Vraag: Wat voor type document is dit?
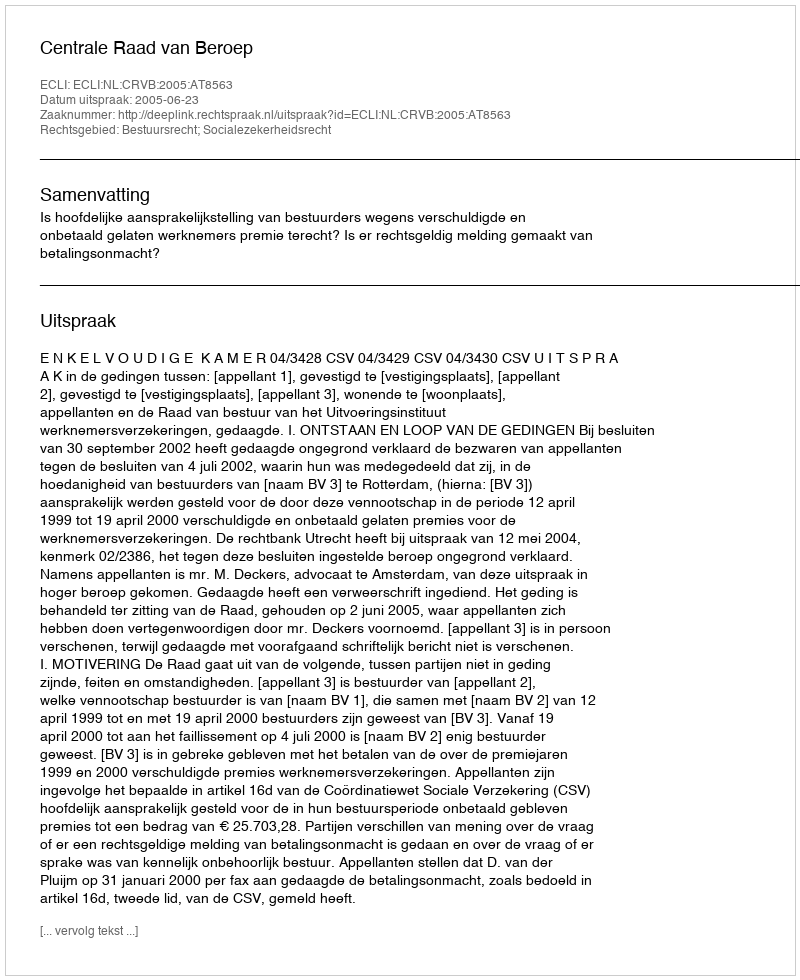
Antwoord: Uitspraak